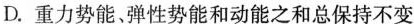
D.重力势能、弹性势能和动能之和总保持不变